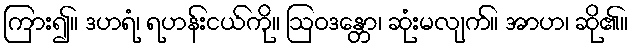
ကြား၍။ ဒဟရံ၊ ရဟန်းငယ်ကို။ ဩဝဒန္တော၊ ဆုံးမလျက်။ အာဟ၊ ဆို၏။